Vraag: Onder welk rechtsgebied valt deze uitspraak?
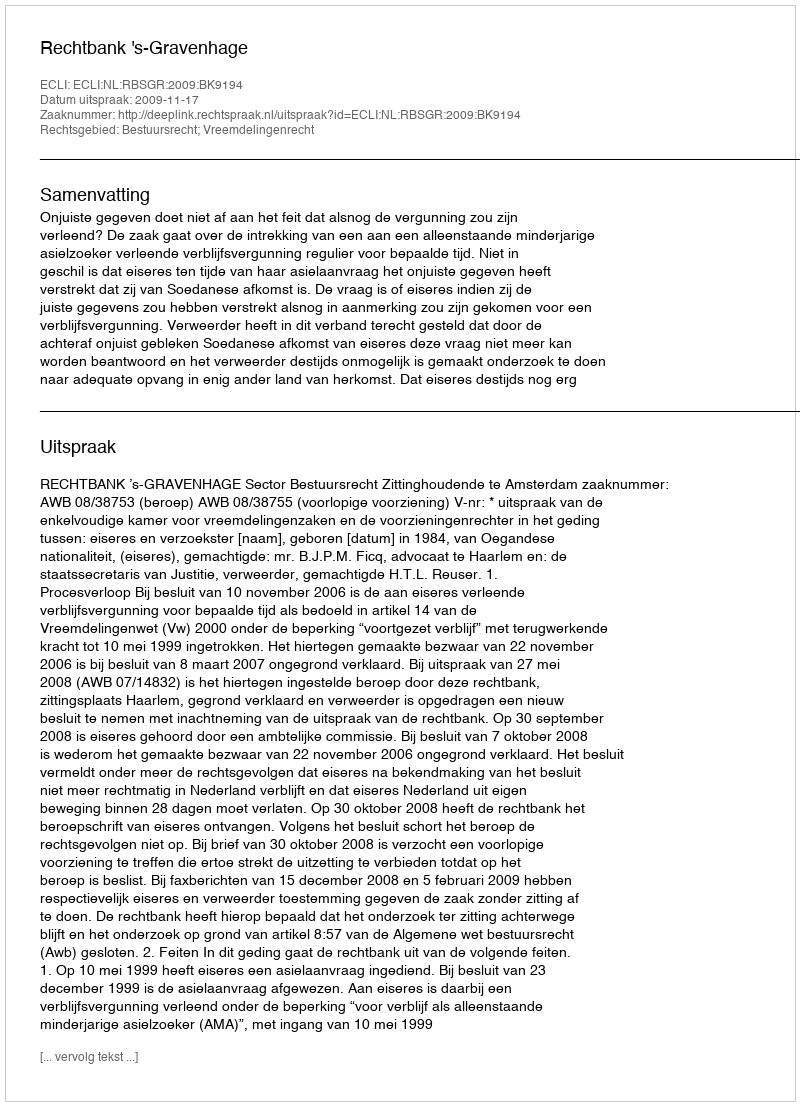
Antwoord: Bestuursrecht; Vreemdelingenrecht